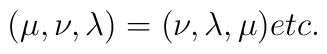
(\mu, \nu, \lambda) = (\nu, \lambda, \mu)\\	etc.